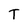
Character: T